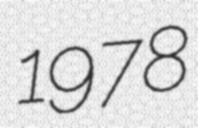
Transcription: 1978